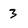
Character: 3